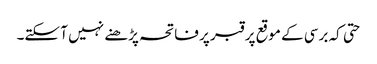
حتی کہ برسی کے موقع پر قبر پر فاتحہ پڑھنے نہیں آ سکتے۔